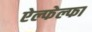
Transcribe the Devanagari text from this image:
ऐल्फेल्फा